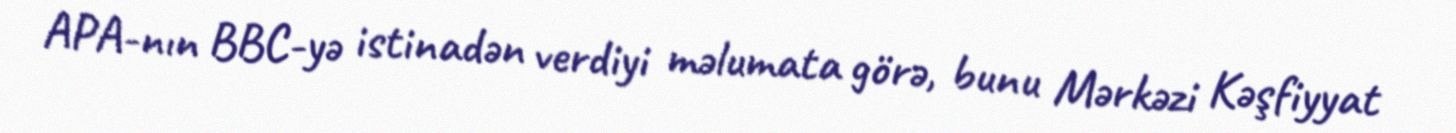
APA-nın BBC-yə istinadən verdiyi məlumata görə, bunu Mərkəzi Kəşfiyyat